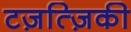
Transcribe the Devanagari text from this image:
टज़त्ज़िकी